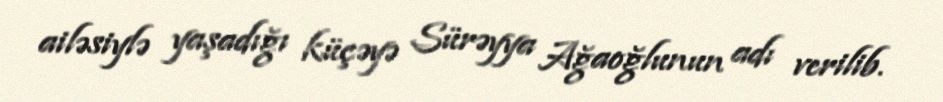
ailəsiylə yaşadığı küçəyə Sürəyya Ağaoğlunun adı verilib.